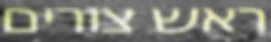
ראש צורים